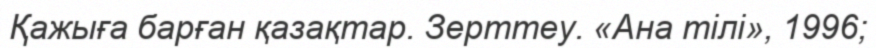
Қажыға барған қазақтар. Зерттеу. «Ана тілі», 1996;